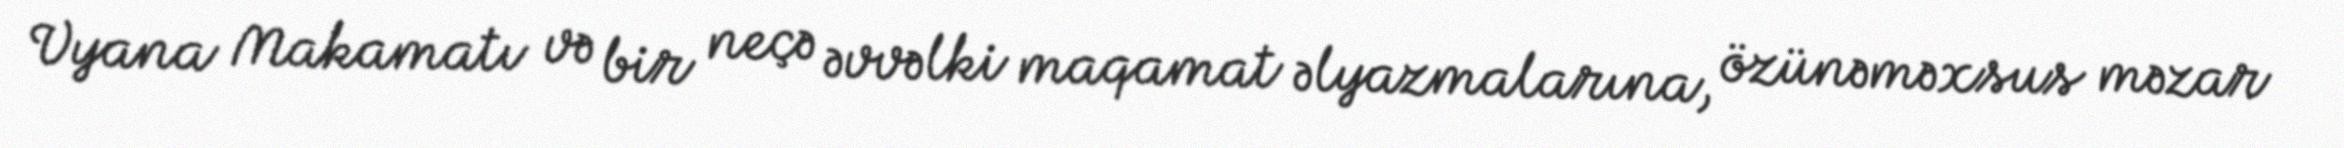
Vyana Makamatı və bir neçə əvvəlki maqamat əlyazmalarına, özünəməxsus məzar